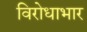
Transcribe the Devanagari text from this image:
विरोधाभार